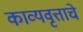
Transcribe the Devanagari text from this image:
काव्यवृत्ताचे